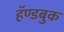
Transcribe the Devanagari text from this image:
हॅण्डबुक